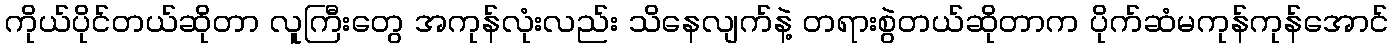
ကိုယ်ပိုင်တယ်ဆိုတာ လူကြီးတွေ အကုန်လုံးလည်း သိနေလျက်နဲ့ တရားစွဲတယ်ဆိုတာက ပိုက်ဆံမကုန်ကုန်အောင်